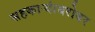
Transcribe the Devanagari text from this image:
सहकाऱ्यांबरोबर